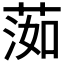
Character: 𦵙